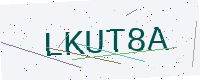
Text: LKUT8A